Report of the Indian Hemp Drugs Commission, 1894-1895 - Volume II
Year: 1894
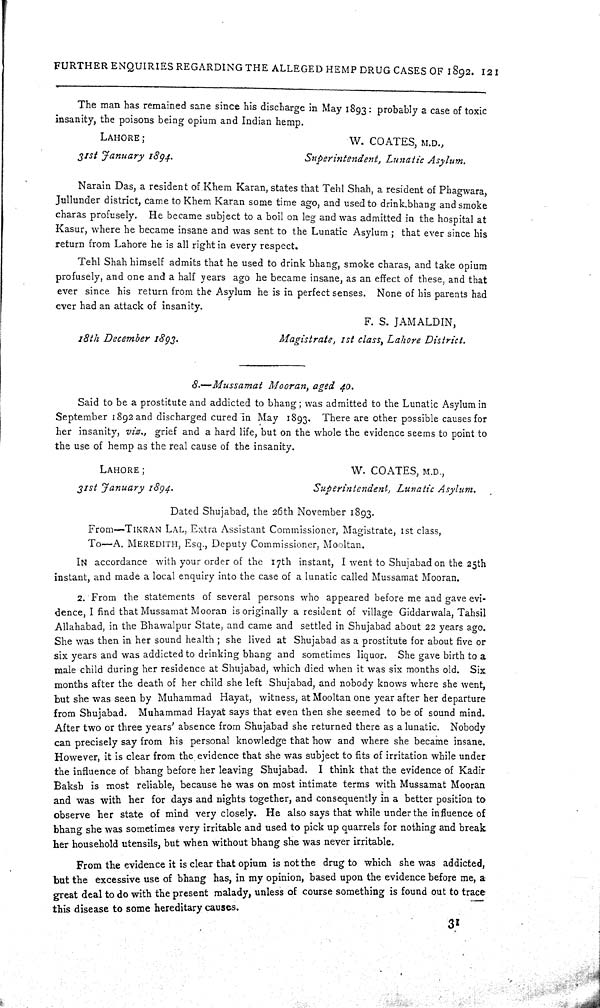
FURTHER ENQUIRIES REGARDING THE ALLEGED HEMP DRUG CASES OF 1892. 121
The man has remained sane since his discharge in May 1893: probably a case of toxic
insanity, the poisons being opium and Indian hemp.
LAHORE;
W. COATES, M.D.,
31st January 1894.
Superintendent, Lunatic Asylum.
Narain Das, a resident of Khem Karan, states that Tehl Shah, a resident of Phagwara,
Jullunder district, came to Khem Karan some time ago, and used to drink bhang and smoke
charas profusely. He became subject to a boil on leg and was admitted in the hospital at
Kasur, where he became insane and was sent to the Lunatic Asylum; that ever since his
return from Lahore he is all right in every respect.
Tehl Shah himself admits that he used to drink bhang, smoke charas, and take opium
profusely, and one and a half years ago he became insane, as an effect of these, and that
ever since his return from the Asylum he is in perfect senses. None of his parents had
ever had an attack of insanity.
F. S. JAMALDIN,
18th December 1893.
Magistrate, 1st class, Lahore District.
8.—Mussamat Mooran, aged 40.
Said to be a prostitute and addicted to bhang; was admitted to the Lunatic Asylum in
September 1892 and discharged cured in May 1893. There are other possible causes for
her insanity, viz., grief and a hard life, but on the whole the evidence seems to point to
the use of hemp as the real cause of the insanity.
LAHORE;
W. COATES, M.D.,
31st January 1894.
Superintendent, Lunatic Asylum.
Dated Shujabad, the 26th November 1893.
From—TIKRAN LAL, Extra Assistant Commissioner, Magistrate, 1st class,
TO—A. MEREDITH, Esq., Deputy Commissioner, Mooltan.
IN accordance with your order of the 17th instant, I went to Shujabad on the 25th
instant, and made a local enquiry into the case of a lunatic called Mussamat Mooran.
2. From the statements of several persons who appeared before me and gave evi-
dence, I find that Mussamat Mooran is originally a resident of village Giddarwala, Tahsil
Allahabad, in the Bhawalpur State, and came and settled in Shujabad about 22 years ago.
She was then in her sound health; she lived at Shujabad as a prostitute for about five or
six years and was addicted to drinking bhang and sometimes liquor. She gave birth to a
male child during her residence at Shujabad, which died when it was six months old. Six
months after the death of her child she left Shujabad, and nobody knows where she went,
but she was seen by Muhammad Hayat, witness, at Mooltan one year after her departure
from Shujabad. Muhammad Hayat says that even then she seemed to be of sound mind.
After two or three years' absence from Shujabad she returned there as a lunatic. Nobody
can precisely say from his personal knowledge that how and where she became insane.
However, it is clear from the evidence that she was subject to fits of irritation while under
the influence of bhang before her leaving Shujabad. I think that the evidence of Kadir
Baksh is most reliable, because he was on most intimate terms with Mussamat Mooran
and was with her for days and nights together, and consequently in a better position to
observe her state of mind very closely. He also says that while under the influence of
bhang she was sometimes very irritable and used to pick up quarrels for nothing and break
her household utensils, but when without bhang she was never irritable.
From the evidence it is clear that opium is not the drug to which she was addicted,
but the excessive use of bhang has, in my opinion, based upon the evidence before me, a
great deal to do with the present malady, unless of course something is found out to trace
this disease to some hereditary causes.
31